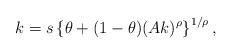
LaTeX: \begin{align*} k = s \left\{\theta + (1-\theta) (A k)^{\rho}\right\}^{1/\rho},\end{align*}